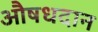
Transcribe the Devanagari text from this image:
औषधदान